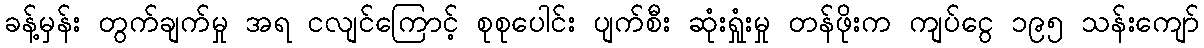
ခန့်မှန်း တွက်ချက်မှု အရ ငလျင်ကြောင့် စုစုပေါင်း ပျက်စီး ဆုံးရှုံးမှု တန်ဖိုးက ကျပ်ငွေ ၁၉၅ သန်းကျော်